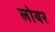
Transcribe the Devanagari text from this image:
लोयर